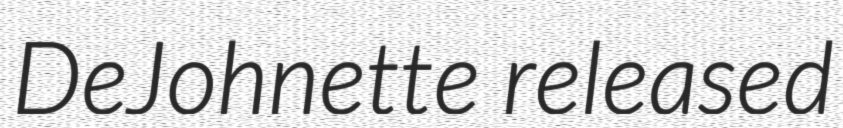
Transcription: DeJohnette released